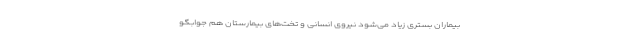
بیماران بستری زیاد می‌شود نیروی انسانی و تخت‌های بیمارستان هم جوابگو